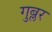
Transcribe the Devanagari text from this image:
गुब्लर